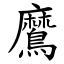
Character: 䳸